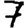
Digit: 7